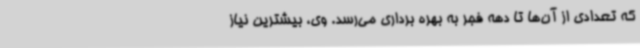
که تعدادی از آن‌ها تا دهه فجر به بهره برداری می‌رسد. وی، بیشترین نیاز